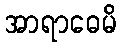
အာရာဓေမိ